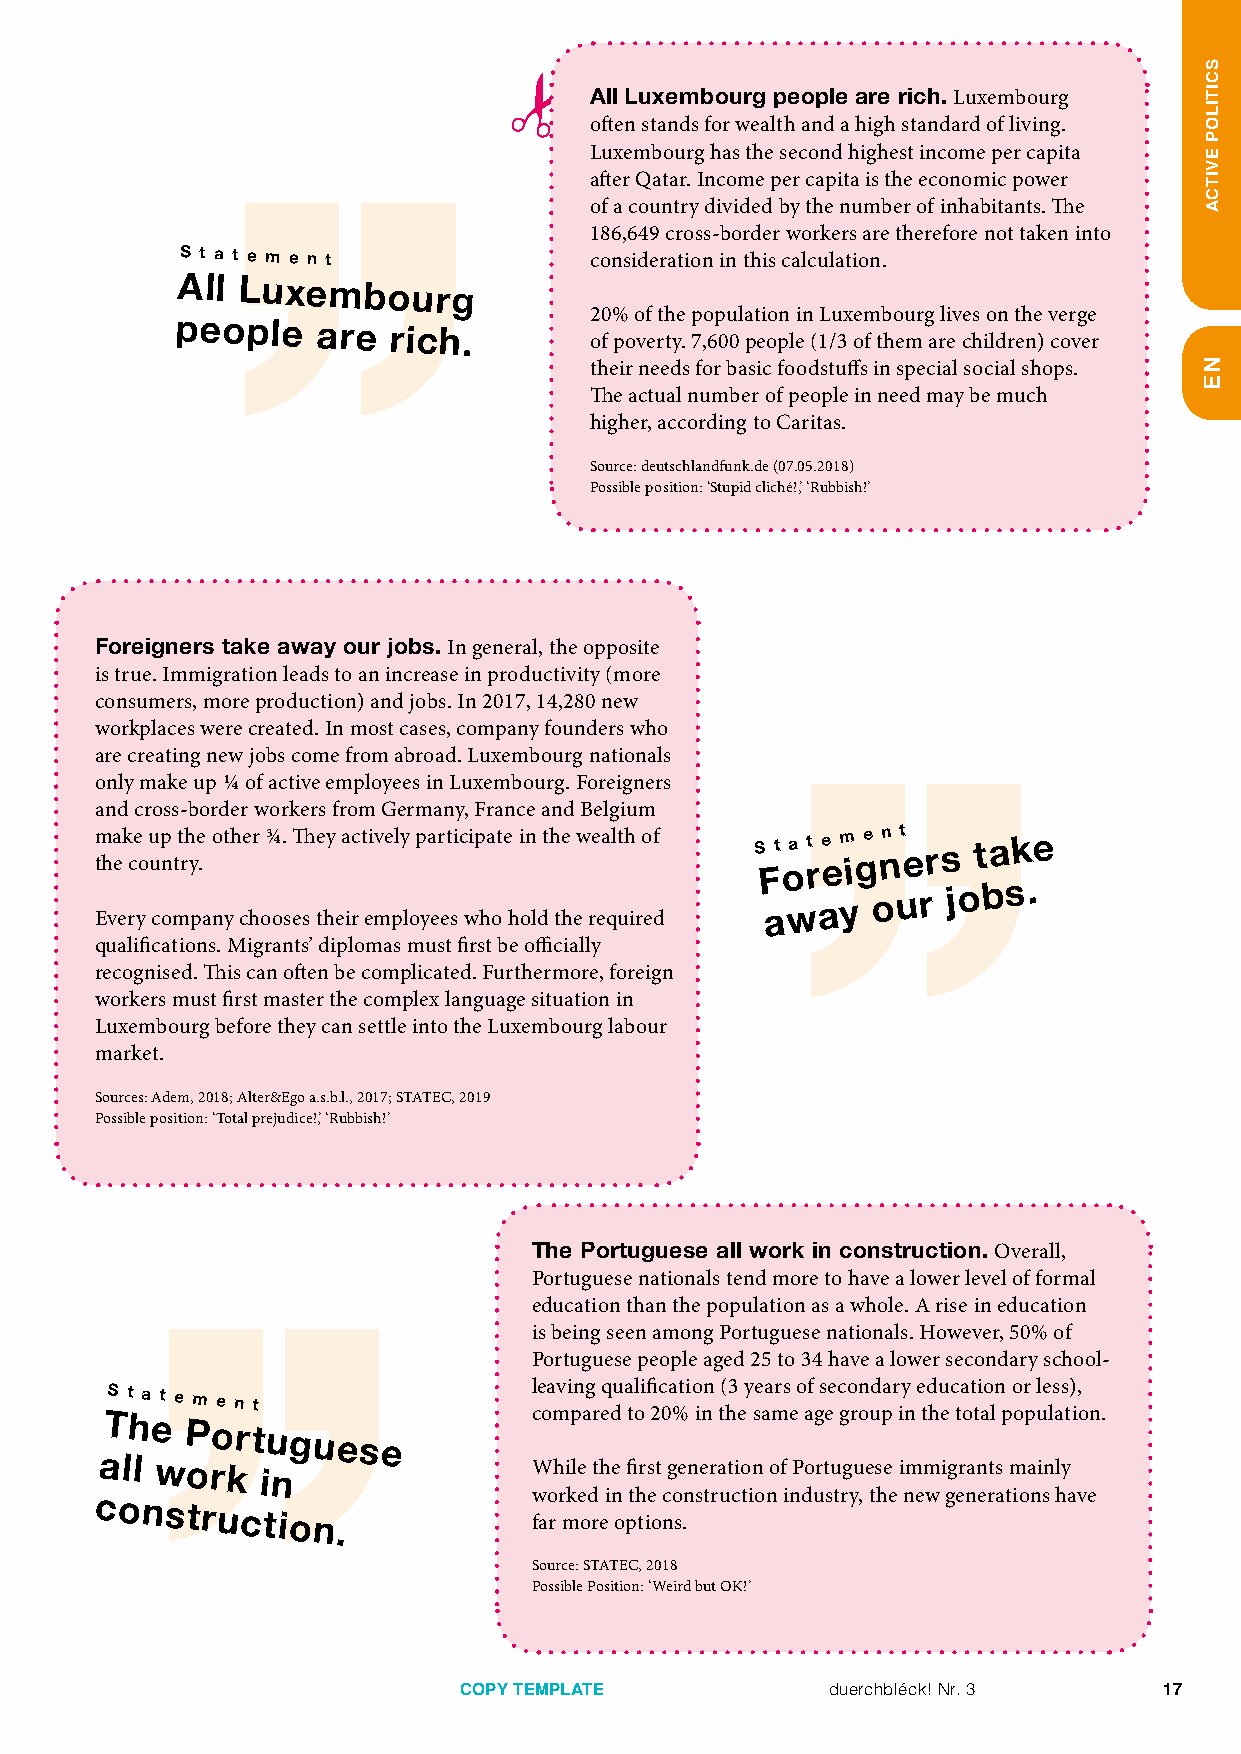
All Luxembourg people are rich. Luxembourg
 often stands for wealth and a high standard of living.
 Luxembourg has the second highest income per capita
 after Qatar. Income per capita is the economic power
 of a country divided by the number of inhabitants. The
 186,649 cross­border workers are therefore not taken into
 S t a t e m e n t          consideration in this calculation.
 All Luxembourg
 20% of the population in Luxembourg lives on the verge
 people
 are  rich.        of poverty. 7,600 people (1/3 of them are children) cover
 their needs for basic foodstuffs in special social shops.
 The actual number of people in need may be much
 higher, according to Caritas.
 Source: deutschlandfunk.de (07.05.2018)
 Possible position: ‘Stupid cliché!’, ‘Rubbish!’
 Foreigners take away our jobs. In general, the opposite
 is true. Immigration leads to an increase in productivity (more
 consumers, more production) and jobs. In 2017, 14,280 new
 workplaces were created. In most cases, company founders who
 are creating new jobs come from abroad. Luxembourg nationals
 only make up ¼ of active employees in Luxembourg. Foreigners
 and cross­border workers from Germany, France and Belgium
 m tha ek ce
 o
 u up
 n
 tt rh ye
 .
 other ¾. They actively participate in the wealth of S Ft oa t re em ige nn t
 er s
 take
 Every company chooses their employees who hold the required away
 our
 jobs.
 qualifications. Migrants’ diplomas must first be officially
 recognised. This can often be complicated. Furthermore, foreign
 workers must first master the complex language situation in
 Luxembourg before they can settle into the Luxembourg labour
 market.
 Sources: Adem, 2018; Alter&Ego a.s.b.l., 2017; STATEC, 2019
 Possible position: ‘Total prejudice!’, ‘Rubbish!’
 The Portuguese all work in construction. Overall,
 Portuguese nationals tend more to have a lower level of formal
 education than the population as a whole. A rise in education
 is being seen among Portuguese nationals. However, 50% of
 Portuguese people aged 25 to 34 have a lower secondary school­
 leaving qualification (3 years of secondary education or less),
 S t a t e m e n t           compared to 20% in the same age group in the total population.
 The
 Portuguese
 all
 work
 in
 While the first generation of Portuguese immigrants mainly
 worked in the construction industry, the new generations have
 construction.
 far more options.
 Source: STATEC, 2018
 Possible Position: ‘Weird but OK!’
 COPY TEMPLATE            duerchbléck! Nr. 3    17
 SCITILOP
 EVITCA
 NE